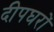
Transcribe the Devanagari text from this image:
दीपघरों